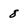
Character: 8